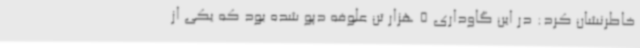
خاطرنشان کرد: در این گاوداری 5 هزار تن علوفه دپو شده بود که یکی از